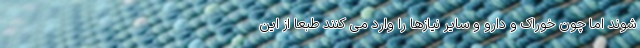
شوند اما چون خوراک و دارو و سایر نیازها را وارد می کنند طبعا از این